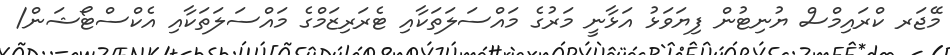
މޭޖަރ ކްރައިމްސް ޔުނިޓުން ފިޔަވަޅު އަޅާނީ މަރުގެ މައްސަލަތަކާއި ޓެރަރިޒަމްގެ މައްސަލަތަކާއި އެކްސްޓޯޝަން/